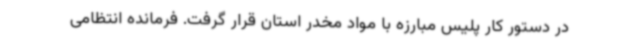
در دستور کار پلیس مبارزه با مواد مخدر استان قرار گرفت. فرمانده انتظامی